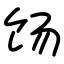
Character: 饧